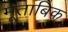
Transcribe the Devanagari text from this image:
मूताबिक